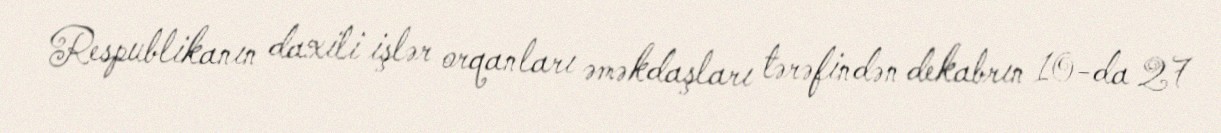
Respublikanın daxili işlər orqanları əməkdaşları tərəfindən dekabrın 10-da 27